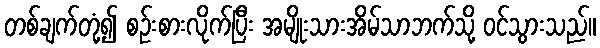
တစ်ချက်တုံ့၍ စဉ်းစားလိုက်ပြီး အမျိုးသားအိမ်သာဘက်သို့ ဝင်သွားသည်။